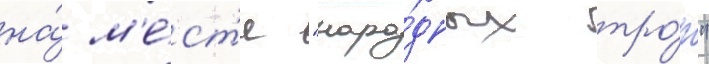
на́ м'е́ст'е "наро́дных тро́п"